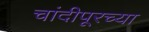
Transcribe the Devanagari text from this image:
चांदीपूरच्या